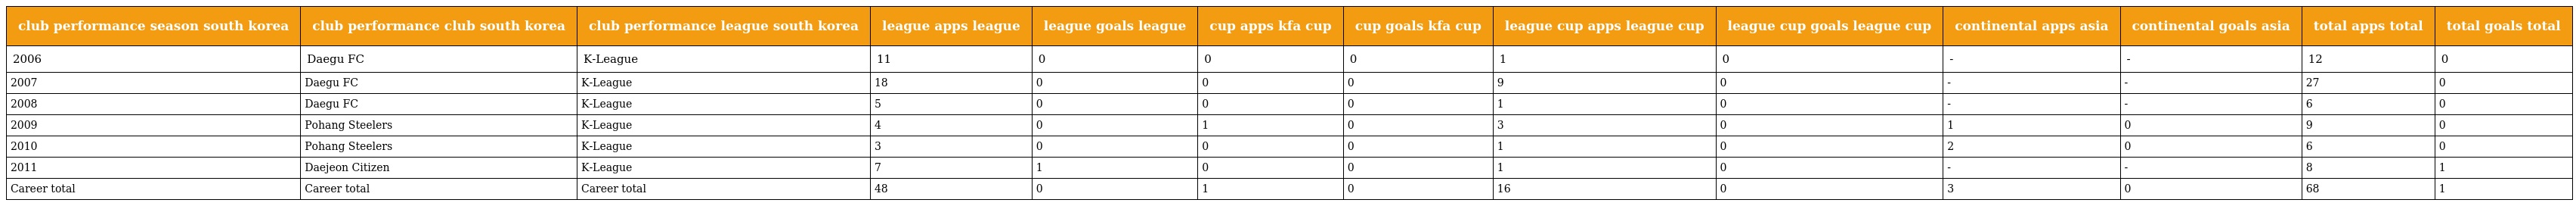
| club performance season south korea | club performance club south korea | club performance league south korea | league apps league | league goals league | cup apps kfa cup | cup goals kfa cup | league cup apps league cup | league cup goals league cup | continental apps asia | continental goals asia | total apps total | total goals total |
 | --- | --- | --- | --- | --- | --- | --- | --- | --- | --- | --- | --- | --- |
 | 2006 | Daegu FC | K-League | 11 | 0 | 0 | 0 | 1 | 0 | - | - | 12 | 0 |
 | 2007 | Daegu FC | K-League | 18 | 0 | 0 | 0 | 9 | 0 | - | - | 27 | 0 |
 | 2008 | Daegu FC | K-League | 5 | 0 | 0 | 0 | 1 | 0 | - | - | 6 | 0 |
 | 2009 | Pohang Steelers | K-League | 4 | 0 | 1 | 0 | 3 | 0 | 1 | 0 | 9 | 0 |
 | 2010 | Pohang Steelers | K-League | 3 | 0 | 0 | 0 | 1 | 0 | 2 | 0 | 6 | 0 |
 | 2011 | Daejeon Citizen | K-League | 7 | 1 | 0 | 0 | 1 | 0 | - | - | 8 | 1 |
 | Career total | Career total | Career total | 48 | 0 | 1 | 0 | 16 | 0 | 3 | 0 | 68 | 1 |